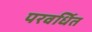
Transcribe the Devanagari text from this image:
परवर्धित